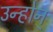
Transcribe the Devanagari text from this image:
उन्होन्